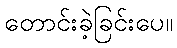
တောင်းခဲ့ခြင်းပေ။